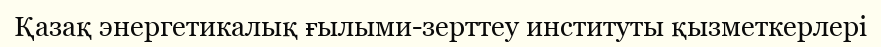
Қазақ энергетикалық ғылыми-зерттеу институты қызметкерлері